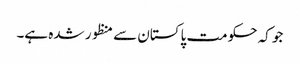
جو کہ حکومت پاکستان سے منظور شدہ ہے۔